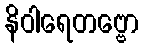
နိဝါရေတဗ္ဗော